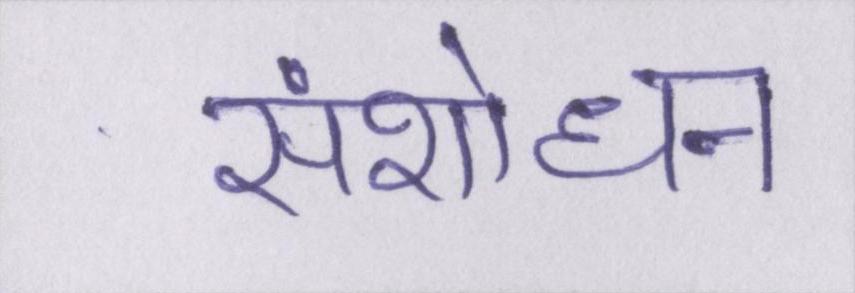
संशोधन